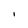
Character: i